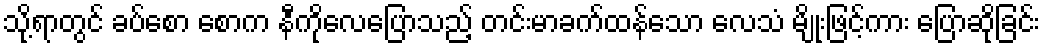
သို့ရာတွင် ခပ်စော စောက နီကိုလေပြောသည့် တင်းမာခက်ထန်သော လေသံ မျိုးဖြင့်ကား ပြောဆိုခြင်း